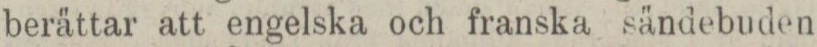
berättar att engelska och franska sändebuden